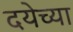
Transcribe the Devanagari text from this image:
दयेच्या